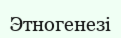
Этногенезі